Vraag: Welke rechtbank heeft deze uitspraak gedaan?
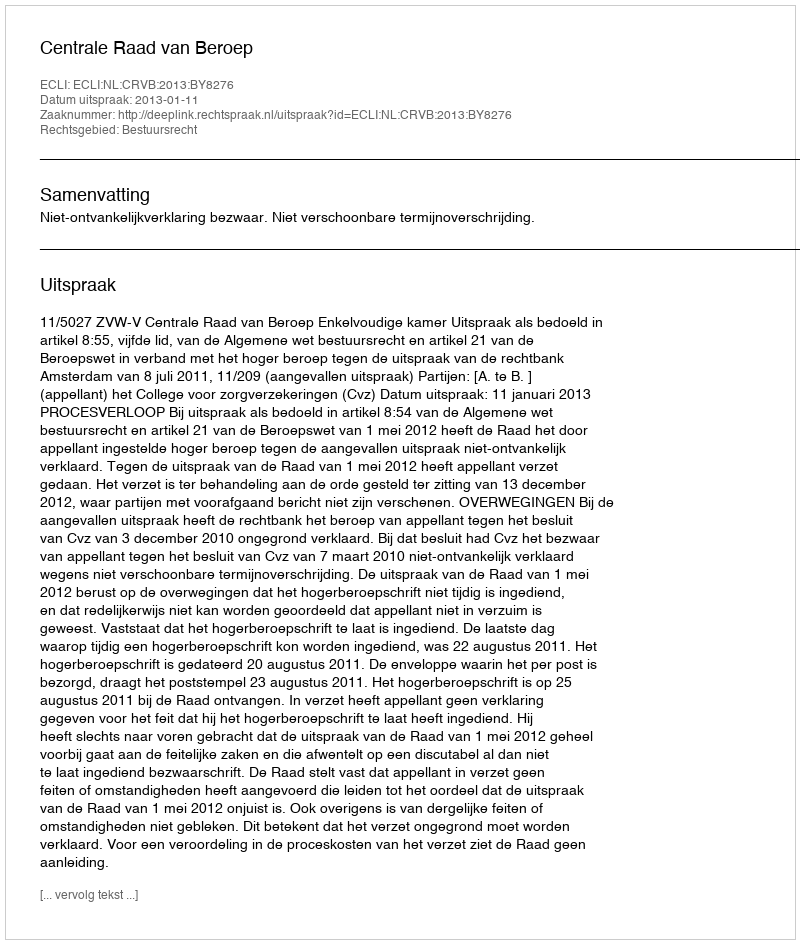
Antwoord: Centrale Raad van Beroep